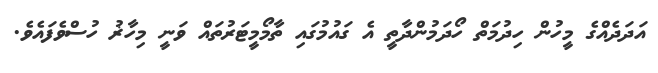
އަދަދެއްގެ މީހުން ހިދުމަތް ހޯދަމުންދާތީ އެ ގައުމުގައި ތާމޯމީޓަރުތައް ވަނީ މިހާޜު ހުސްވެފައެވެ.